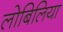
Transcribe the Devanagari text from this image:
लोबिलिया